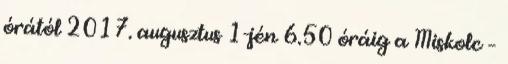
órától 2017. augusztus 1-jén 6.50 óráig a Miskolc –